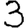
Digit: 3